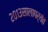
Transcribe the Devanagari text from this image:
२०१३सालापर्यंत